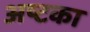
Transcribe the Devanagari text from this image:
अष्टका